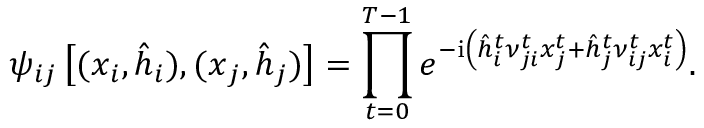
\psi _ { i j } \left[ ( \boldsymbol { x } _ { i } , \hat { \boldsymbol { h } } _ { i } ) , ( \boldsymbol { x } _ { j } , \hat { \boldsymbol { h } } _ { j } ) \right] = \prod _ { t = 0 } ^ { T - 1 } e ^ { - \mathrm { i } \left( \hat { h } _ { i } ^ { t } \nu _ { j i } ^ { t } x _ { j } ^ { t } + \hat { h } _ { j } ^ { t } \nu _ { i j } ^ { t } x _ { i } ^ { t } \right) } .